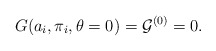
\begin{align*}G(a_i,\pi_i,\theta=0) = {\cal G}^{(0)} = 0.\end{align*}